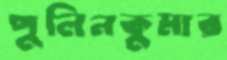
পুলিনকুমার